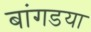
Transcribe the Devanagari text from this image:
बांगडया